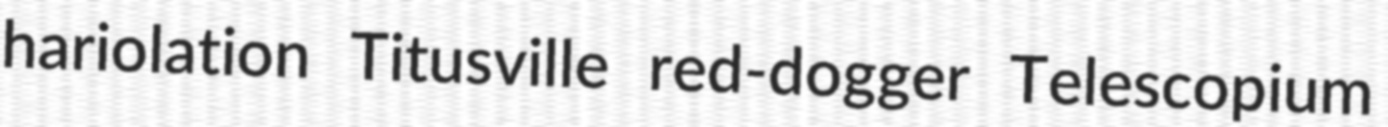
hariolation Titusville red-dogger Telescopium